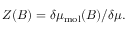
Z ( B ) = \delta \mu _ { \mathrm { m o l } } ( B ) / \delta \mu .